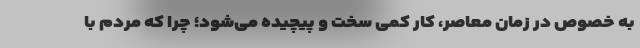
به خصوص در زمان معاصر، کار کمی سخت و پیچیده می‌شود؛ چرا که مردم با